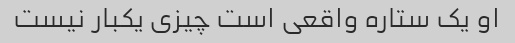
او یک ستاره واقعی است چیزی یکبار نیست